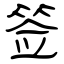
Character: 签